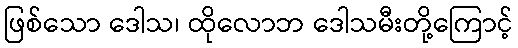
ဖြစ်သော ဒေါသ၊ ထိုလောဘ ဒေါသမီးတို့ကြောင့်